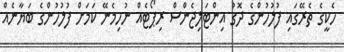
ހެކީގެ ތެރޭގައި ފުލުހުންގެ ދޮގު އިންޓަލިޖެންސް ރިޕޯޓެއް ނުހިމެނޭ ކަމަށް ފުލުހުންގެ ބަޔާނެއް